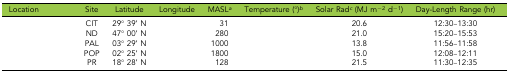
<table><thead><tr><td><b>Location</b></td><td><b>Site</b></td><td><b>Latitude</b></td><td><b>Longitude</b></td><td><b>MASL<i><sup>a</sup></i></b></td><td><b>Temperature (°)<i><sup>b</sup></i></b></td><td><b>Solar Rad<i><sup>c</sup></i> (MJ m<sup>−2</sup> d<sup>−1</sup>)</b></td><td><b>Day-Length Range (hr)</b></td></tr></thead><tbody><tr><td>[EMPTY_CELL]</td><td>CIT</td><td>29° 39’ N</td><td>[EMPTY_CELL]</td><td>31</td><td>[EMPTY_CELL]</td><td>20.6</td><td>12:30–13:30</td></tr><tr><td>[EMPTY_CELL]</td><td>ND</td><td>47° 00’ N</td><td>[EMPTY_CELL]</td><td>280</td><td>[EMPTY_CELL]</td><td>21.0</td><td>15:20–15:53</td></tr><tr><td>[EMPTY_CELL]</td><td>PAL</td><td>03° 29’ N</td><td>[EMPTY_CELL]</td><td>1000</td><td>[EMPTY_CELL]</td><td>13.8</td><td>11:56–11:58</td></tr><tr><td>[EMPTY_CELL]</td><td>POP</td><td>02° 25’ N</td><td>[EMPTY_CELL]</td><td>1800</td><td>[EMPTY_CELL]</td><td>15.0</td><td>12:08–12:11</td></tr><tr><td>[EMPTY_CELL]</td><td>PR</td><td>18° 28’ N</td><td>[EMPTY_CELL]</td><td>128</td><td>[EMPTY_CELL]</td><td>21.5</td><td>11:30–12:35</td></tr></tbody></table>